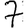
Digit: 7